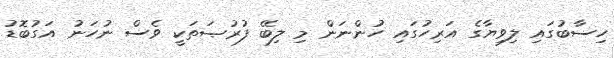
ހިސާބުގައި ލިވިޔާގެ އަަރިހުގައި ހުންނަން މި ލިބޭ ފުރުޞަތަކީ ވެސް ނުހަނު އަގުބޮޑު